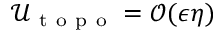
\mathcal { U } _ { \mathrm { ~ t ~ o ~ p ~ o ~ } } = \mathcal { O } ( \epsilon \eta )